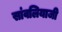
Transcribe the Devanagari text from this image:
सांवलियाजी